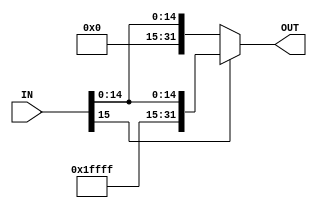
module Sign_Extend (
  input [15 : 0] IN,
  output [31 : 0] OUT
);
assign OUT = IN[15]? {~16'b0,IN} : {16'b0,IN};
endmodule